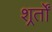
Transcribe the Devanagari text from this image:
शर्र्तों